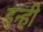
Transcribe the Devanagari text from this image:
इन्‍ही